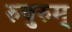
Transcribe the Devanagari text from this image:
रुबुरुम्